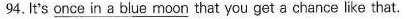
94.It's once in a blue moon that you get a chance like that.